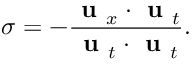
\sigma = - \frac { \textbf { u } _ { x } \cdot \textbf { u } _ { t } } { \textbf { u } _ { t } \cdot \textbf { u } _ { t } } .